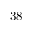
3 8